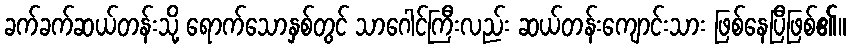
ခက်ခက်ဆယ်တန်းသို့ ရောက်သောနှစ်တွင် သာဂေါင်ကြီးလည်း ဆယ်တန်းကျောင်းသား ဖြစ်နေပြီဖြစ်၏။